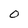
Character: 0